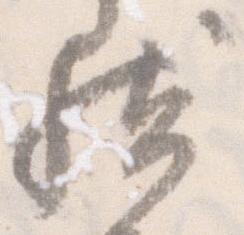
然